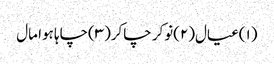
(۱)عیال(۲)نوکر چاکر(۳)چاہا ہوا مال